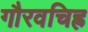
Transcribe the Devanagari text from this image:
गौरवचिह्र